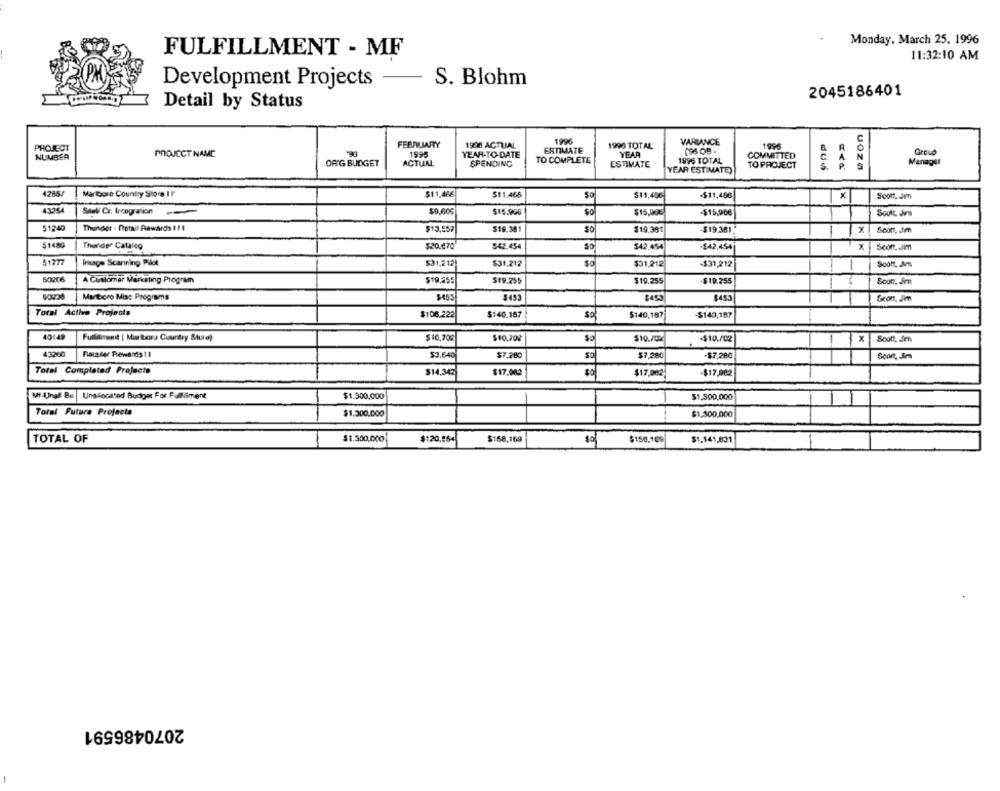
Monday, March 25. 1996
FULFILLMENT - MF
11:32:10 AM
Development Projects
S. Blohm
2045186401
Detail by Status
FEBRUARY
1996
VARIANCE
PROJECT
1996 ACTUAL
ESTIMATE
1996 TOTAL
1996
Group
NUMBER
PROJECT NAME
1595
YEAR-TO-DATE
YEAR
COMMITTED
DAG BUDGET
ACTUAL
SPENDING
TO COMPLETE
ESTIMATE
1996 TOTAL
TO PROJECT
UOZa
Manager
YEAR ESTIMATE)
4285/
Marlboro Country Store IF
$11,466
$11.466
$11,40€
-$11,466
X
Scott, Jim
Seal/ Cr. Ircogration
$0.000
$15.906
$15,00€
-$15,900
SoulL Ji
51240
Thunder . Detall Rewards 11 1
$13,557
$19.381
$19.381
-$19.381.
x
Scon, Jim
51480
Thunder Catalog
$20.670
542.454
$42,454
$42,454
Scon.Jim
51277
Image Scanning Pilot
$31,212
$31.212
$0
$31,212
-$31,212
Soon, Mens
60206
A Customer Marketing Program
$19,255
$19.255
$19.255
-$19.255
Scott, Jir
Manboro Mise Programs
$453
8450
$453
Scon, Jim
Total Activo Projects
$106.222
$140.187
$
$140,187]
-$140,187
40149
Fullimanit [ Mariboru Country Sture)
$10,708
$10.202
$10./02
-$10./02
Scott, Jim
43260
Facaser Rewards 11
$3,640
$7.280
$7,280
-$7,280
Soort, Jim
Total Complated Projecte
$14.343
$17.002
$17,002
-$17,002
Mf -Anall-Bu
Unacocatod Budget For Fallisment
$1.300,000
$1,300,000
Total Future Projecte
$1,300.000
$1.300.000
TOTAL OF
$1.300,000
$120.864
$158,169
$150,109
$1.141,831
2070486591
-